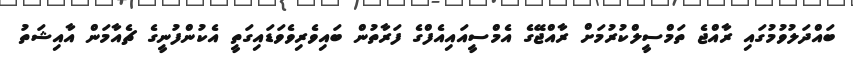
ބައްދަލުވުމުގައި ރާއްޖެ ތަމްސީލްކުރުމަށް ރާއްޖޭގެ އެމްސީއައިއެފްގެ ފަރާތުން ބައިވެރިވެވަޑައިގަތީ އެކުންފުނީގެ ޗެއާމަން އާއިޝަތު